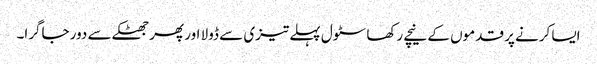
ایسا کرنے پر قدموں کے نیچے رکھا سٹول پہلے تیزی سے ڈولا اور پھر جھٹکے سے دور جاگرا۔